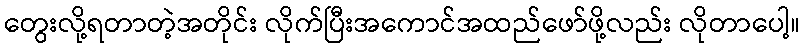
တွေးလို့ရတာတဲ့အတိုင်း လိုက်ပြီးအကောင်အထည်ဖော်ဖို့လည်း လိုတာပေါ့။